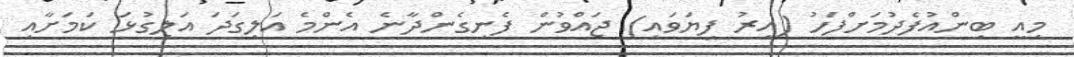
މިއީ ބިންއުފެދުމަށްފަހު (އިރު ފިޔަވައި) ޖައްވުން ފެނިގެންދާނެ އެންމެ އަލިގަދަ އަލިގުޅަ ކަމަށާއި